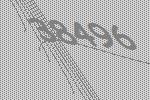
38496